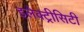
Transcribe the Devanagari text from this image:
इलेक्ट्रीसिटी